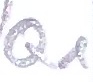
Text: Q1